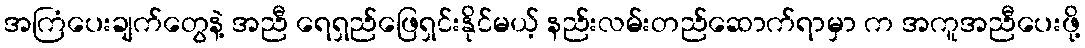
အကြံပေးချက်တွေနဲ့ အညီ ရေရှည်ဖြေရှင်းနိုင်မယ့် နည်းလမ်းတည်ဆောက်ရာမှာ က အကူအညီပေးဖို့